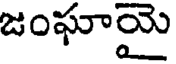
జంఘాయై